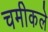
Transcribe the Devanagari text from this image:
चमीकले